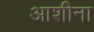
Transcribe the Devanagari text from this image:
आशीना